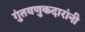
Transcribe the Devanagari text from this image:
गुंतवणुकदारांनी